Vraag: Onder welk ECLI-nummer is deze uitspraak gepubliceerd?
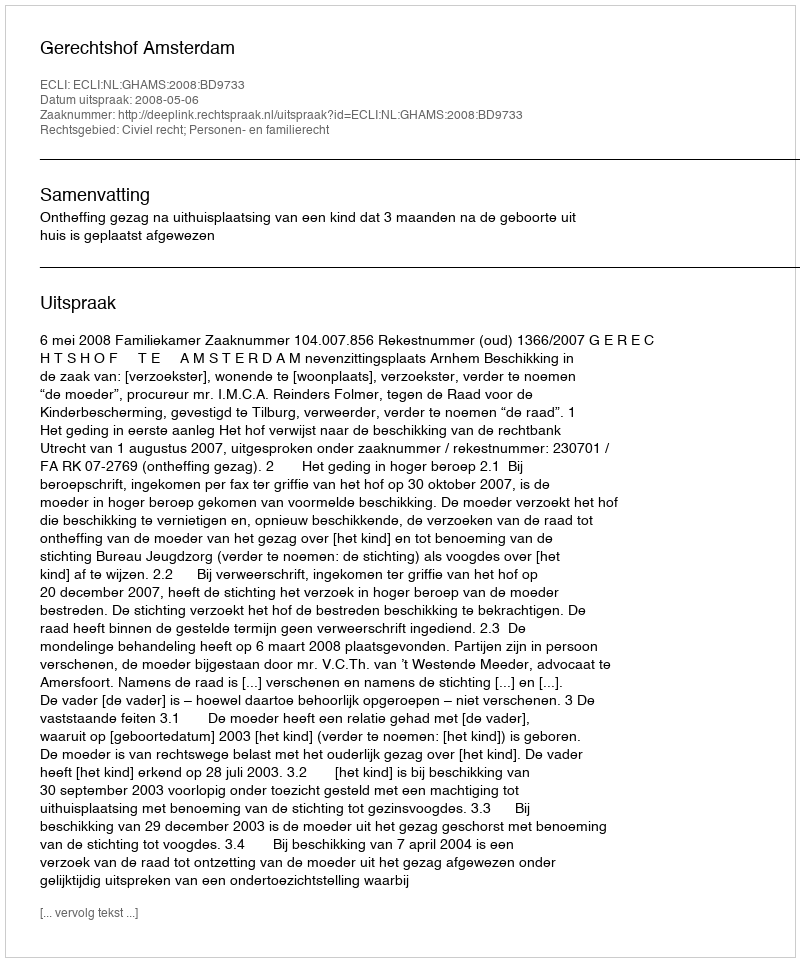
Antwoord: ECLI:NL:GHAMS:2008:BD9733